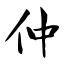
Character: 仲